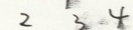
2 3 4